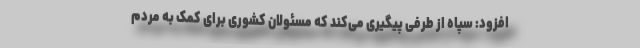
افزود: سپاه از طرفی پیگیری می‌کند که مسئولان کشوری برای کمک به مردم